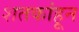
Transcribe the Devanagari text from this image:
शतकांहून